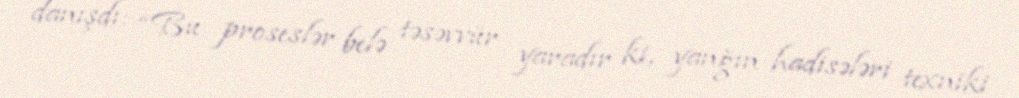
danışdı: “Bu proseslər belə təsəvvür yaradır ki, yanğın hadisələri texniki